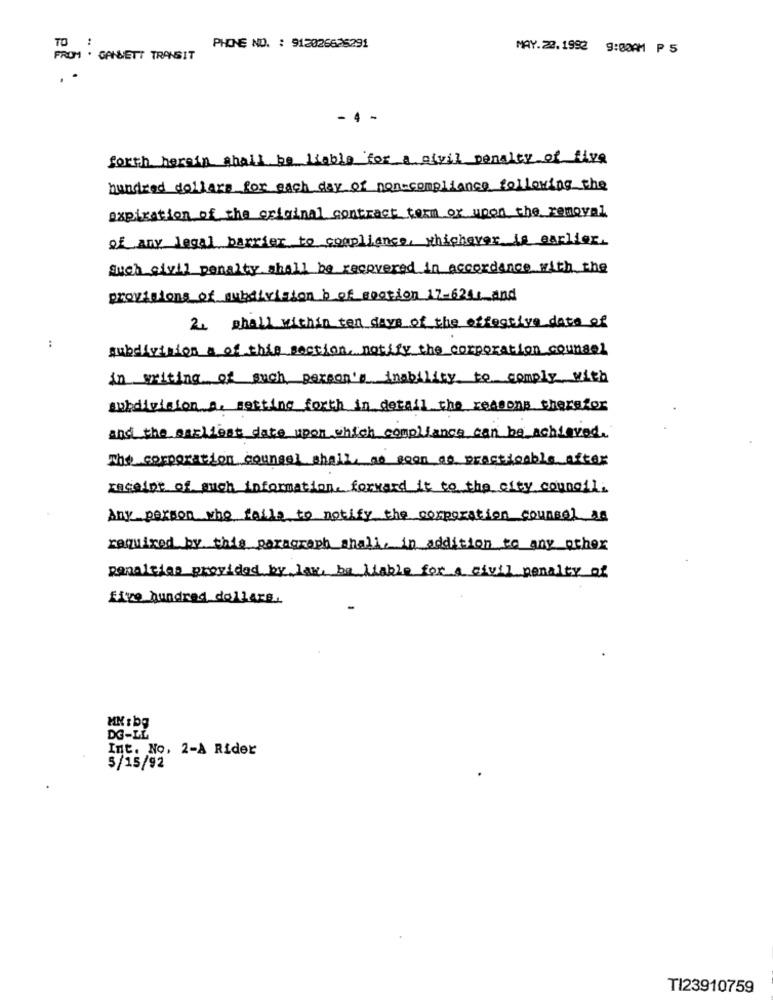
TO
..
PHONE NO. : 912026625291
MAY.22.1992 9:00AM P 5
FROM . GANNETT TRANSIT
- 4 -
forth herein shall be liable for a civil penalty of five
hundred dollars for each day of non-compliance following the
expiration of the original contract term or upon the removal
of any legal barrier to compliance, whichever is earlier.
Such civil penalty shall be recovered in accordance with the
provisions of subdivision b of section 17-6241 and
2. shall within ten days of the effective date of
:
subdivision a of this section, notify the corporation counsel
in writing of such person's inability to comply with
subdivision a. setting forth in detail the reasons therefor
and the earliest date upon which compliance can be achieved.
The corporation counsel shall, as soon as practicable after
receipt of such information. forward it to the city council,
Any person who fails to notify the corporation counsel as
required by this paragraph shall, in addition to any other
penalties provided by law, be liable for a civil penalty of
five hundred dollars.
MK : bg
DG-LL
Int. No. 2-A Rider
3/15/92
TI23910759